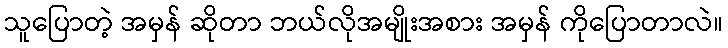
သူပြောတဲ့ အမှန် ဆိုတာ ဘယ်လိုအမျိုးအစား အမှန် ကိုပြောတာလဲ။